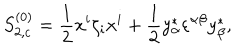
LaTeX: S _ { 2 , c } ^ { ( 0 ) } = { \frac { 1 } { 2 } } x ^ { i } \zeta _ { i } x ^ { i } + { \frac { 1 } { 2 } } y _ { \alpha } ^ { * } \varepsilon ^ { \alpha \beta } y _ { \beta } ^ { * } ,